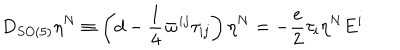
D _ { S O ( 5 ) } \eta ^ { N } \equiv \left( d - \frac { 1 } { 4 } \varpi ^ { i j } \tau _ { i j } \right) \eta ^ { N } = - \frac { e } { 2 } \tau _ { i } \eta ^ { N } E ^ { i }